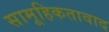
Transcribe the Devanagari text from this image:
सामूहिकतावाद